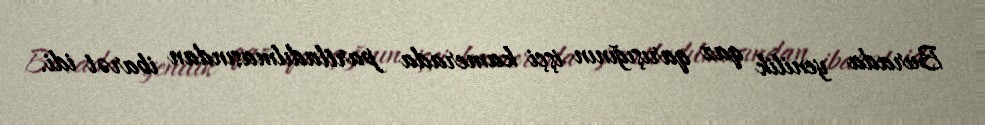
Burada yenilik qaz qarışığının işçi kamerada partladılmasından ibarət idi.